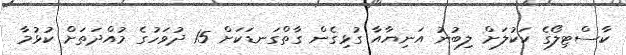
ކާސްޓިލޯގެ ކަކުލަށް ލިބުނު އަނިޔާއާ ގުޅިގެން ގާތްގަނޑަކަށް 15 ދުވަހުގެ މުއްދަތަށް ކުޅުމާ